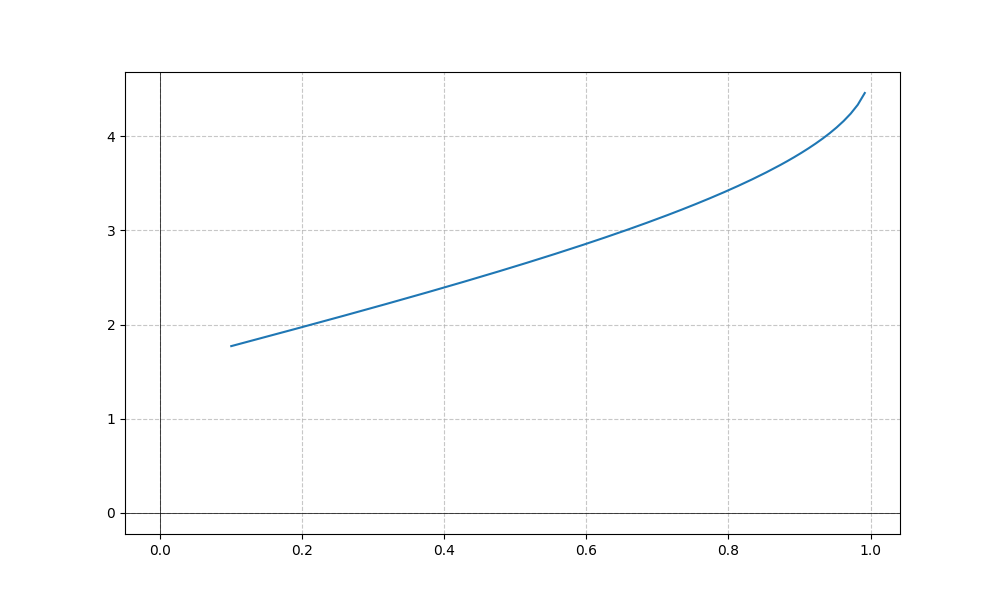
LaTeX formula: \operatorname{acos}{\left(- x \right)} + \operatorname{asin}{\left(x \right)}